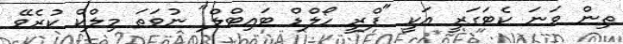
ތިން ވަނަ ކެޓަގަރީ އަކީ "ފްރީ ހޯލްޑް ޓައިޓްލް" ނުވަތަ މިލްކް ކުރެވޭ